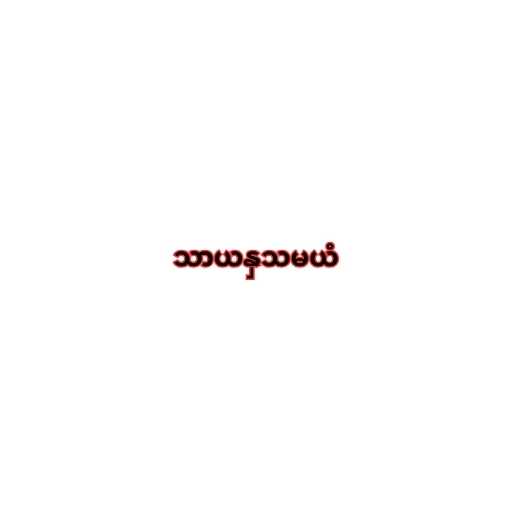
သာယနှသမယံ